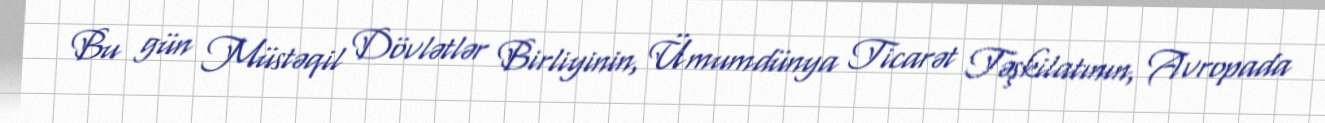
Bu gün Müstəqil Dövlətlər Birliyinin, Ümumdünya Ticarət Təşkilatının, Avropada